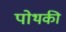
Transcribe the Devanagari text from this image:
पोथकी